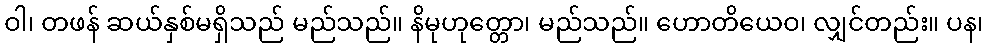
ဝါ၊ တဖန် ဆယ်နှစ်မရှိသည် မည်သည်။ နိမုဟုတ္တော၊ မည်သည်။ ဟောတိယေဝ၊ လျှင်တည်း။ ပန၊